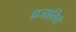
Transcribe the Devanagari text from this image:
प्रजातिचे